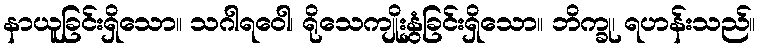
နာယူခြင်းရှိသော။ သဂါရဝေါ၊ ရိုသေကျိုးနွှံခြင်းရှိသော။ ဘိက္ခု၊ ရဟန်းသည်။